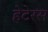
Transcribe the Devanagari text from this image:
हेटेरस